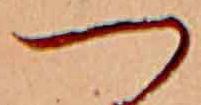
つ